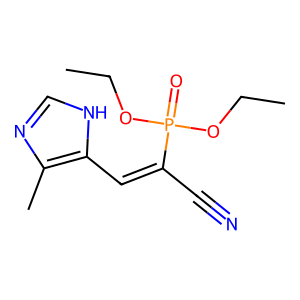
SMILES: CCOP(=O)(OCC)C(C#N)=Cc1[nH]cnc1C
Inhibits HIV replication: No